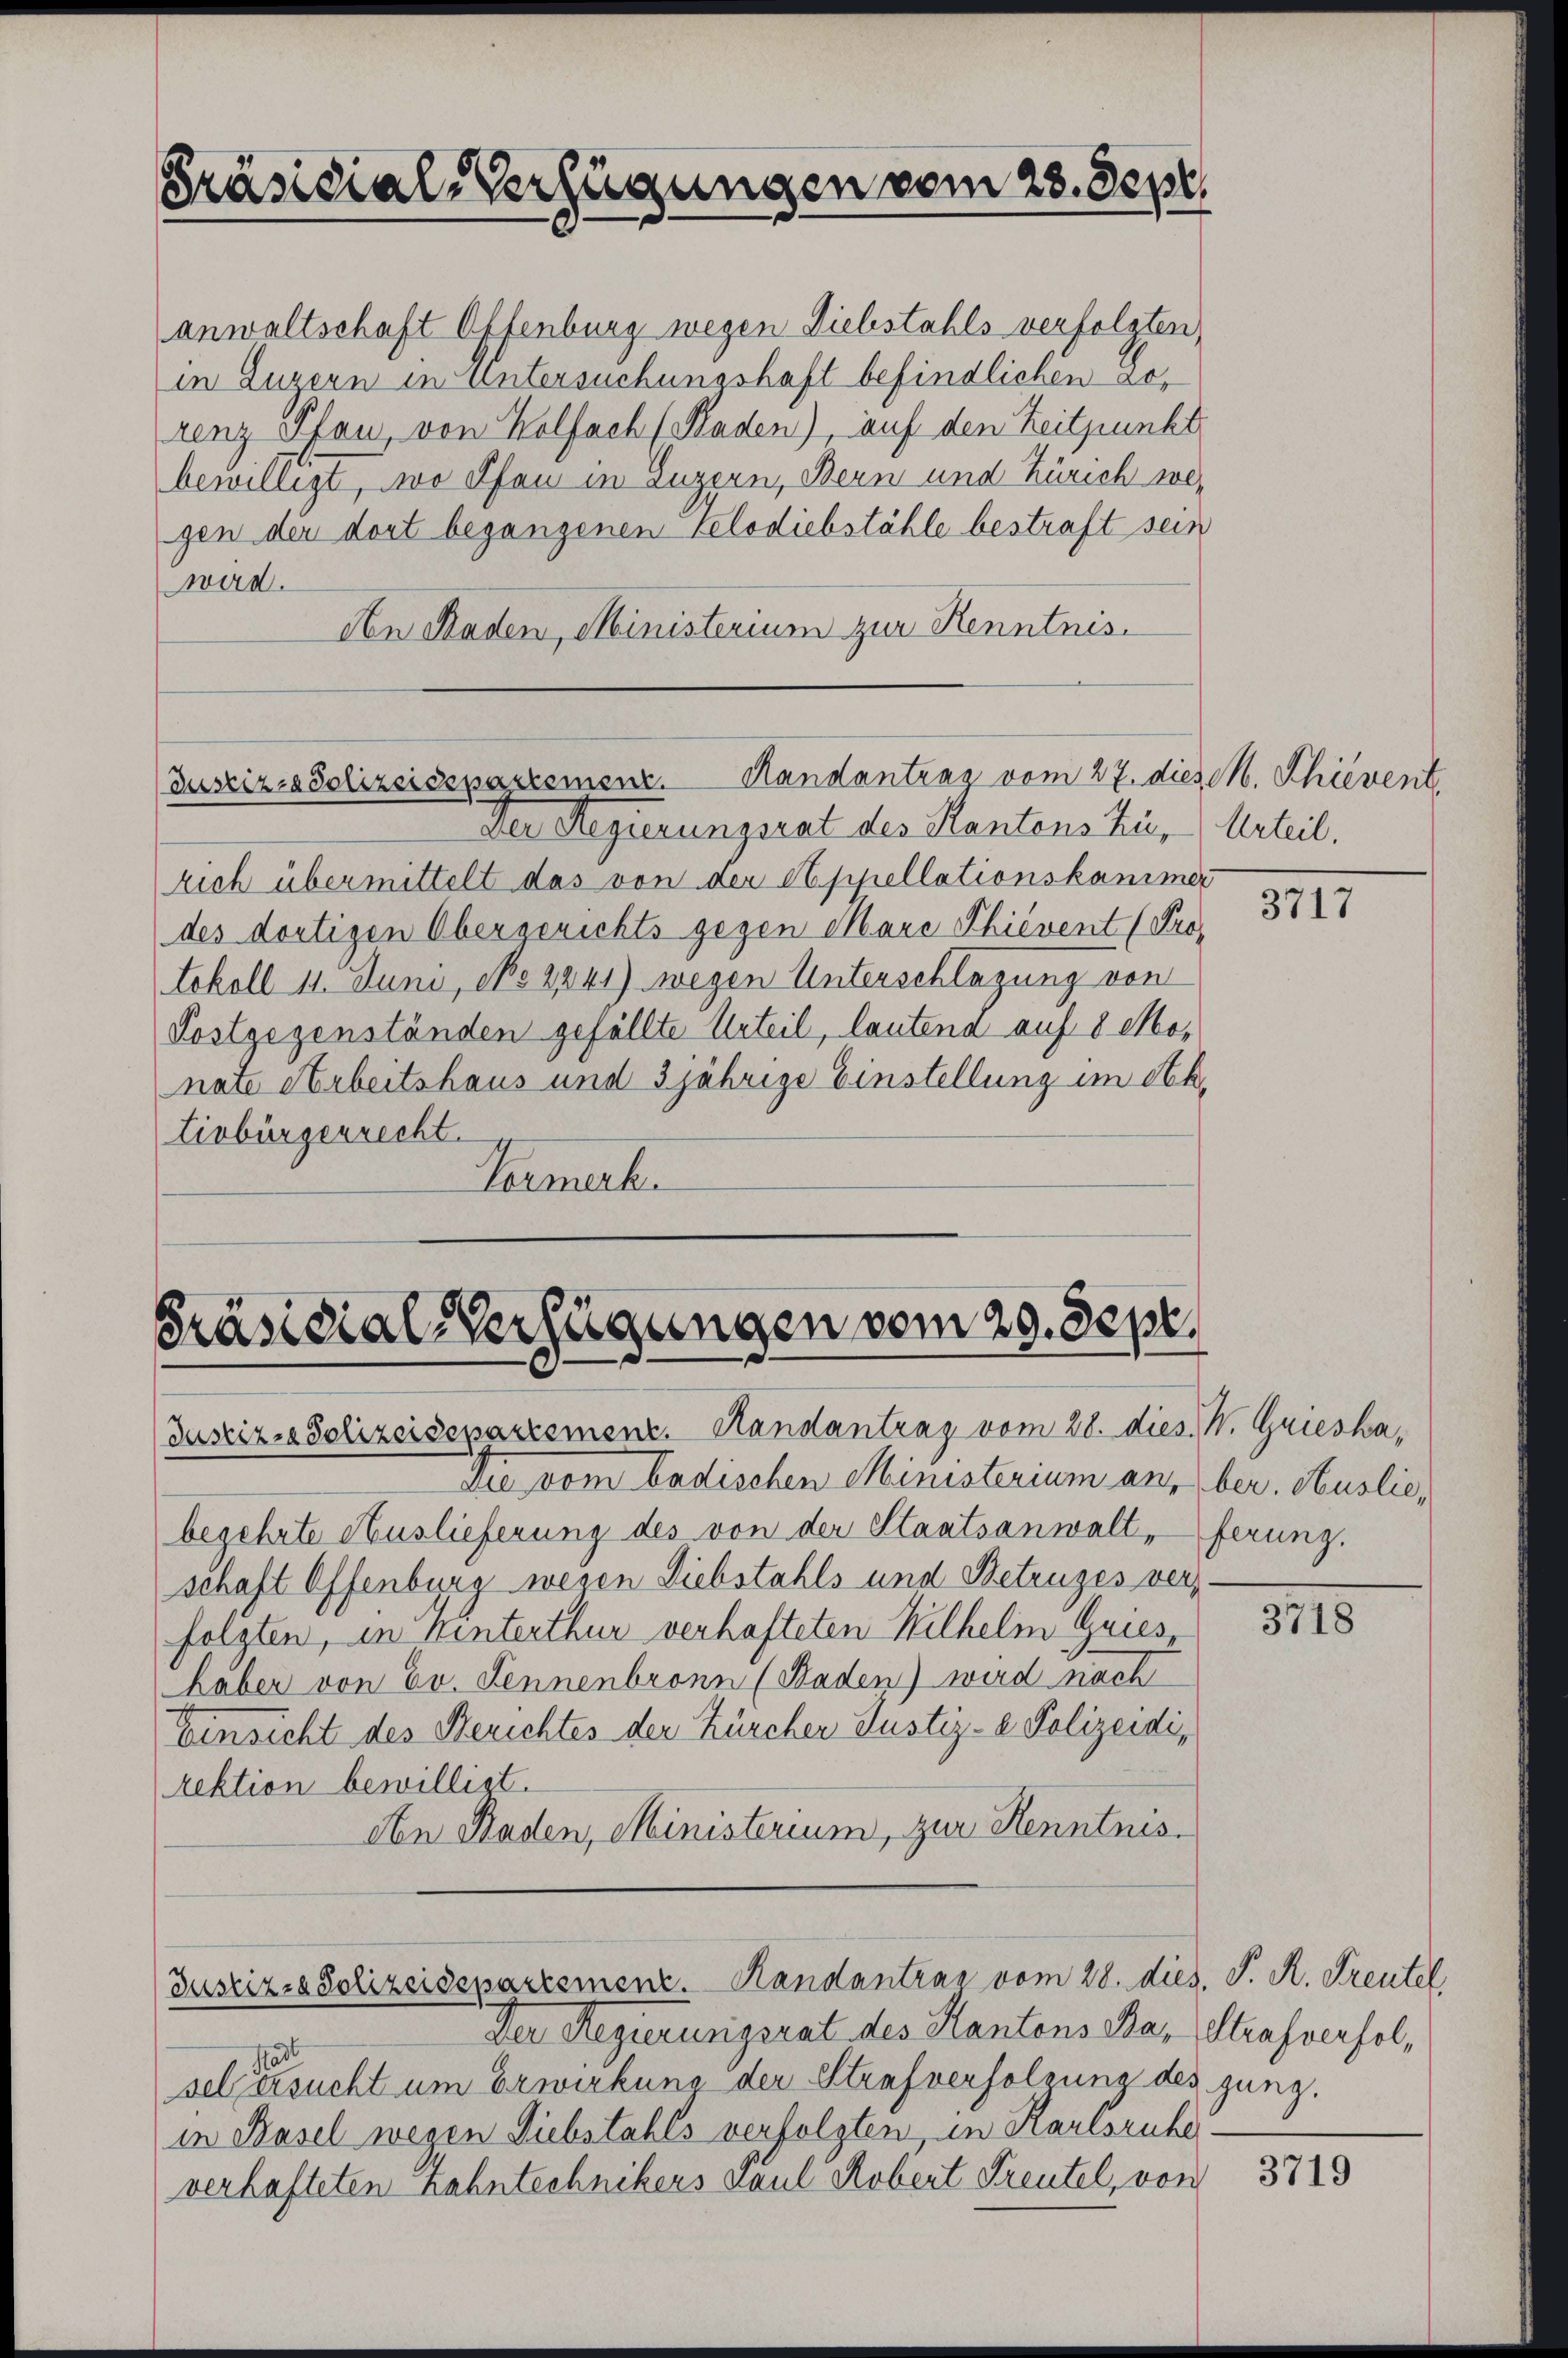
Präsidial-Verfügungen vom 23. Sept.

anwaltschaft Offenburg wegen Diebstahls verfolgten,
in Luzern in Untersuchungshaft befindlichen Lorenz Pfan, von Wolfach (Pladen) auf den Zeitpunkt
bewilligt, wo Ofen in Luzern, Bern und Zürich wer
gen der dort begangenen Velodiebstähle bestraft sein
wird.
An Raden, Ministerium zur Kenntnis.

Justiz-Polizeisepartemenz. Handantrag vom 27. diese M. Phivent

Der Regierungsrat des Kantons Zu- Urteil.
rich übermittelt das von der Appellationskammer
des dortigen Obergerichts gegen Mare Thiévent (Protokoll 11. Juni, No 2241) wegen Unterschlagung von
Poslgegenständen gefällte Urteil, lautend auf 8 Monate Arbeitshaus und 3jährige Einstellung im Ah.
tivbürgerrecht.
Vormerk

Präsidial-Verfügungen vom 20. Sept.
Justiz-Polizeisepartement. Handantrag vom 28. dies. W. Griesha

Die vom badischen Ministerium an, ber. Auslie,
begehrte Auslieferung des von der Staatsanwalt, ferung.
schaft Offenburg wegen Diebstahls und Betruges verfolgten, in hinterthur verhafteten Wilhelm Gries
haber von Ev. Fennenbronn (Baden) wird nach
Einsicht des Berichtes der Zürchen Justiz- & Polizeidi,
rektion bewilligt.
An Baden, Ministerium, zur Kenntnis¬

Justiz- & Polizeisepartemenz. Handantrag vom 28. dies. P. R. Treutel

sel ersucht um Erwirkung der Strafverfolgung des jung.
in Basel wegen Diebstahls verfolgten, in Karlsruhe
verhafteten Zahntechnikers Paul Kobert Freutel, von

Der Regierungsrat des Kantons Bar Strafverfol,

3717

31

3719